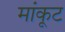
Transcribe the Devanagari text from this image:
मांकूट